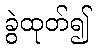
ခွဲထုတ်၍